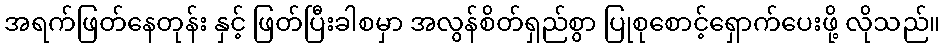
အရက်ဖြတ်နေတုန်း နှင့် ဖြတ်ပြီးခါစမှာ အလွန်စိတ်ရှည်စွာ ပြုစုစောင့်ရှောက်ပေးဖို့ လိုသည်။